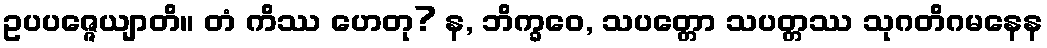
ဥပပဇ္ဇေယျာတိ။ တံ ကိဿ ဟေတု? န, ဘိက္ခဝေ, သပတ္တော သပတ္တဿ သုဂတိဂမနေန